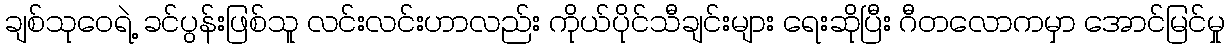
ချစ်သုဝေရဲ့ ခင်ပွန်းဖြစ်သူ လင်းလင်းဟာလည်း ကိုယ်ပိုင်သီချင်းများ ရေးဆိုပြီး ဂီတလောကမှာ အောင်မြင်မှု